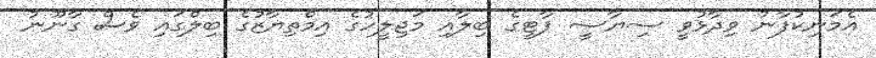
އެމަނިކުފާނު ވިދާޅުވީ ސިޔާސީ ޕާޓީގެ ބިލާއި މަޖިލީހުގެ އިމްތިޔާޒުގެ ބިލްގައި ވެސް ގާނޫނު